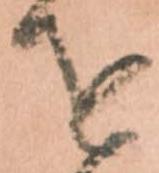
を